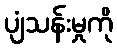
ပျံသန်းမှုကို